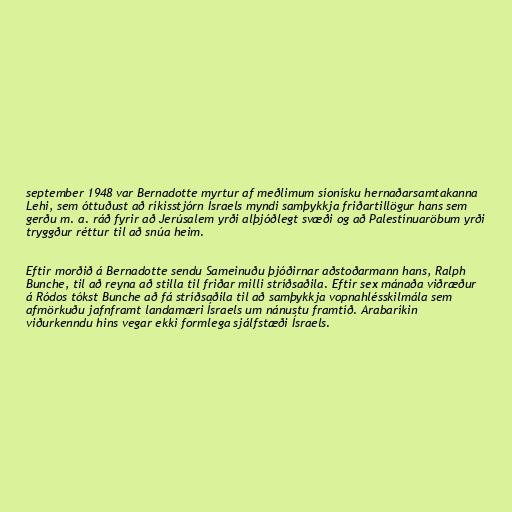
september 1948 var Bernadotte myrtur af meðlimum síonísku hernaðarsamtakanna
Lehi, sem óttuðust að ríkisstjórn Ísraels myndi samþykkja friðartillögur hans sem
gerðu m. a. ráð fyrir að Jerúsalem yrði alþjóðlegt svæði og að Palestínuaröbum yrði
tryggður réttur til að snúa heim.

Eftir morðið á Bernadotte sendu Sameinuðu þjóðirnar aðstoðarmann hans, Ralph
Bunche, til að reyna að stilla til friðar milli stríðsaðila. Eftir sex mánaða viðræður
á Ródos tókst Bunche að fá stríðsaðila til að samþykkja vopnahlésskilmála sem
afmörkuðu jafnframt landamæri Ísraels um nánustu framtíð. Arabaríkin
viðurkenndu hins vegar ekki formlega sjálfstæði Ísraels.